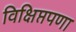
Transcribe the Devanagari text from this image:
विक्षिप्तपणा